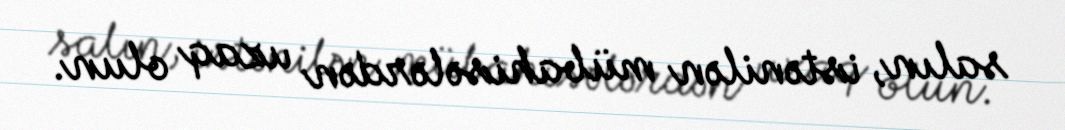
salın, istənilən mübahisələrdən uzaq olun.